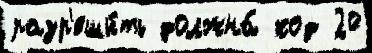
разр'еши́ть должна́ код 20